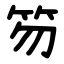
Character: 笏